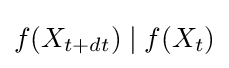
f(X_{t+dt})\mid f(X_{t})